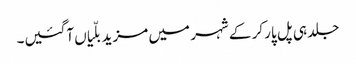
جلد ہی پل پار کر کے شہر میں مزید بلّیاں آگئیں۔